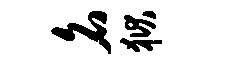
名狱